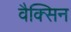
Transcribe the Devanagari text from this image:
वैक्सिन